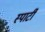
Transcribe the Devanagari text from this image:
स्पार्टी